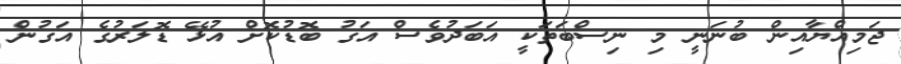
ޖަމިއްޔާއިން ބުނަނީ މި ނިސްބަތަކީ އަބަދުވެސް އަގު ބޮޑުކޮށް އުޅޭ ޑޮލަރުގެ އަގުން